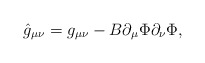
\begin{align*}\hat{g}_{\mu\nu}=g_{\mu\nu}-B\partial_{\mu}\Phi\partial_{\nu}\Phi,\end{align*}